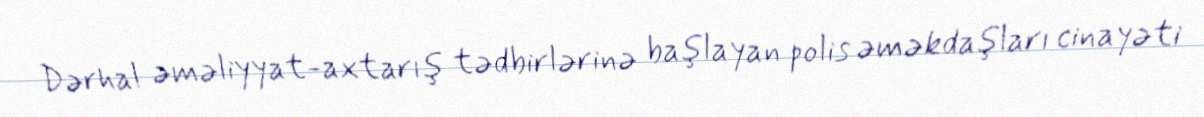
Dərhal əməliyyat-axtarış tədbirlərinə başlayan polis əməkdaşları cinayəti